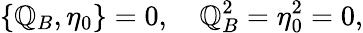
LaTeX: \{ \mathbb{Q}_{B},\eta_{0}\} =0,\quad\mathbb{Q}_{B}^{2}=\eta_{0}^{2}=0,